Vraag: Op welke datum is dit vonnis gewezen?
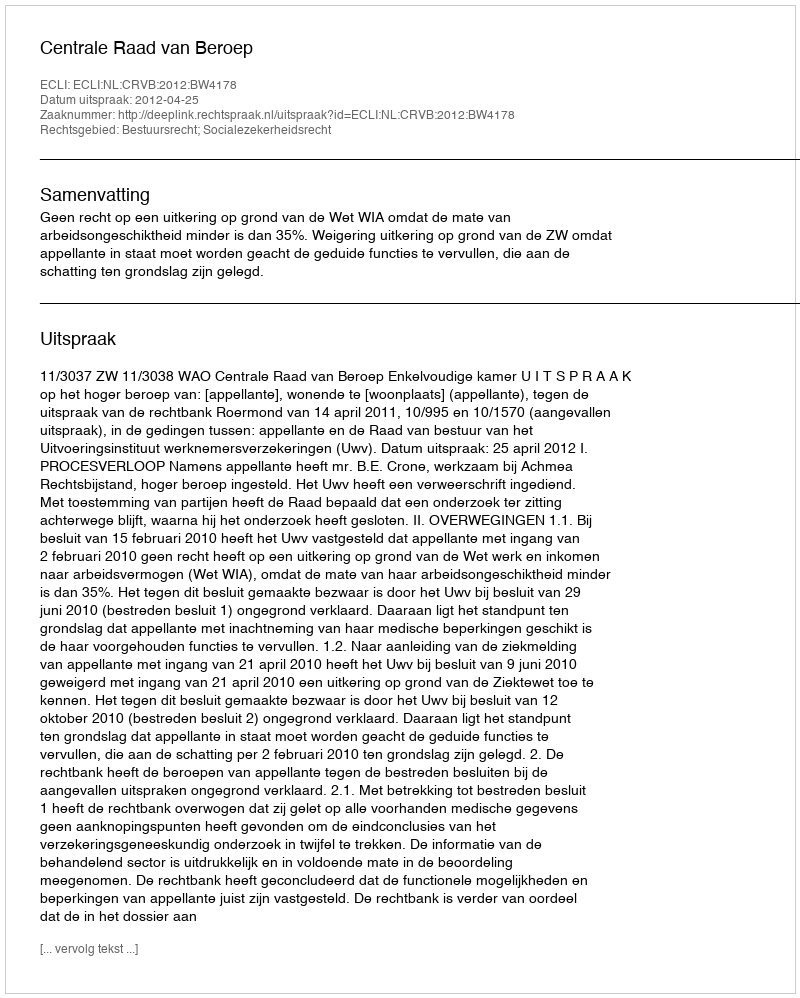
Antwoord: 2012-04-25